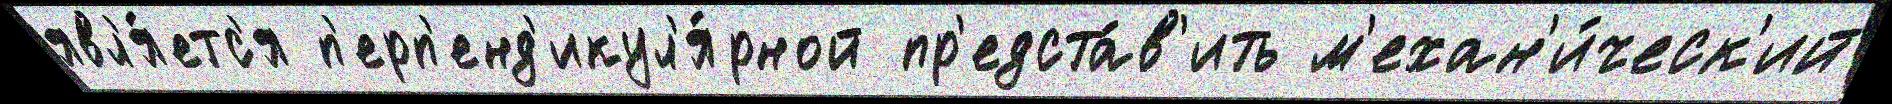
явл'я́етс'я п'ерп'енд'икул'я́рной пр'едста́в'ить м'ехан'и́ческ'ий